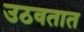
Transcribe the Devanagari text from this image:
उठवतात